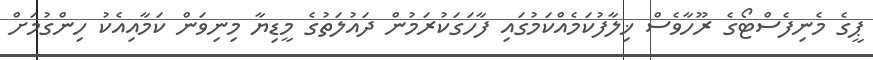
ޕީގެ މެނިފެސްޓޯގެ ރޫހާވެސް ޚިލާފުކަމެއްކަމުގައި ފާހަގަކުރަމުން ދައުލަތުގެ މީޑިޔާ މިނިވަން ކަމާއިއެކު ހިންގުމަށް